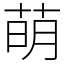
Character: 萌